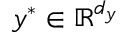
\boldsymbol { y } ^ { * } \in \mathbb { R } ^ { d _ { y } }